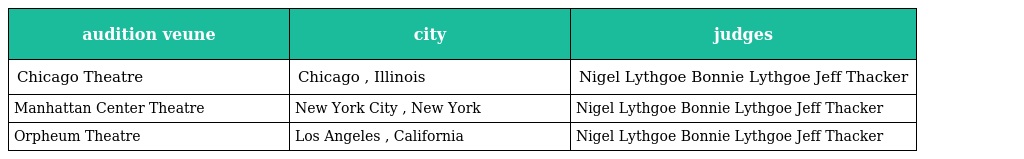
| audition veune | city | judges |
 | --- | --- | --- |
 | Chicago Theatre | Chicago , Illinois | Nigel Lythgoe Bonnie Lythgoe Jeff Thacker |
 | Manhattan Center Theatre | New York City , New York | Nigel Lythgoe Bonnie Lythgoe Jeff Thacker |
 | Orpheum Theatre | Los Angeles , California | Nigel Lythgoe Bonnie Lythgoe Jeff Thacker |